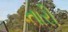
તારી